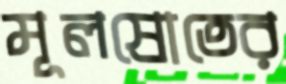
মূলস্রোতের